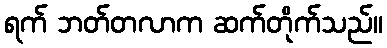
ရက် ဘတ်တလာက ဆက်တိုက်သည်။